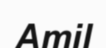
Amil